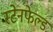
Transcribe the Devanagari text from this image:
स्टेनफेल्ड